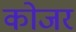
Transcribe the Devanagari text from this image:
कोजर